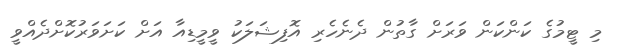
މި ޓީމުގެ ކަންކަން ވަރަށް ގާތުން ދެނެހެރި އޮފިޝަލަކު ވީމީޑިއާ އަށް ކަށަވަރުކޮށްދެއްވީ